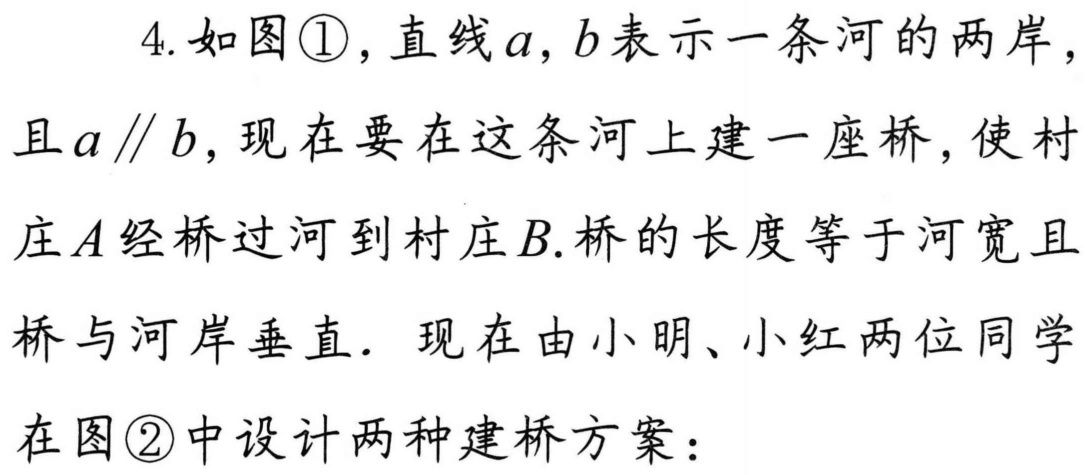
4. 如图\textcircled{1}，直线$a,b$表示一条河的两岸，且$a\parallel b$，现在要在这条河上建一座桥，使村庄$A$经桥过河到村庄$B$.桥的长度等于河宽且桥与河岸垂直．现在由小明、小红两位同学在图\textcircled{2}中设计两种建桥方案：